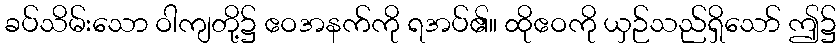
ခပ်သိမ်းသော ဝါကျတို့၌ ဧဝအနက်ကို ရအပ်၏။ ထိုဧဝကို ယှဉ်သည်ရှိသော် ဤ၌